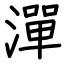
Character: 潬